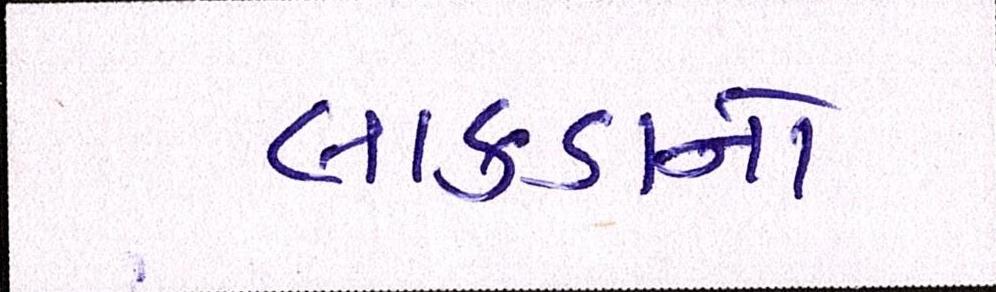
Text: લાકડાનો